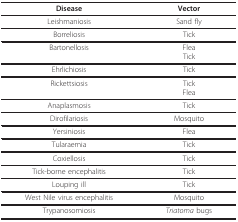
<table><thead><tr><td><b>Disease</b></td><td><b>Vector</b></td></tr></thead><tbody><tr><td>Leishmaniosis</td><td>Sand fly</td></tr><tr><td>Borreliosis</td><td>Tick</td></tr><tr><td>Bartonellosis</td><td>FleaTick</td></tr><tr><td>Ehrlichiosis</td><td>Tick</td></tr><tr><td>Rickettsiosis</td><td>TickFlea</td></tr><tr><td>Anaplasmosis</td><td>Tick</td></tr><tr><td>Dirofilariosis</td><td>Mosquito</td></tr><tr><td>Yersiniosis</td><td>Flea</td></tr><tr><td>Tularaemia</td><td>Tick</td></tr><tr><td>Coxiellosis</td><td>Tick</td></tr><tr><td>Tick-borne encephalitis</td><td>Tick</td></tr><tr><td>Louping ill</td><td>Tick</td></tr><tr><td>West Nile virus encephalitis</td><td>Mosquito</td></tr><tr><td>Trypanosomiosis</td><td><i>Triatoma </i>bugs</td></tr></tbody></table>